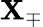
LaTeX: \mathbf{X}_{\mp}